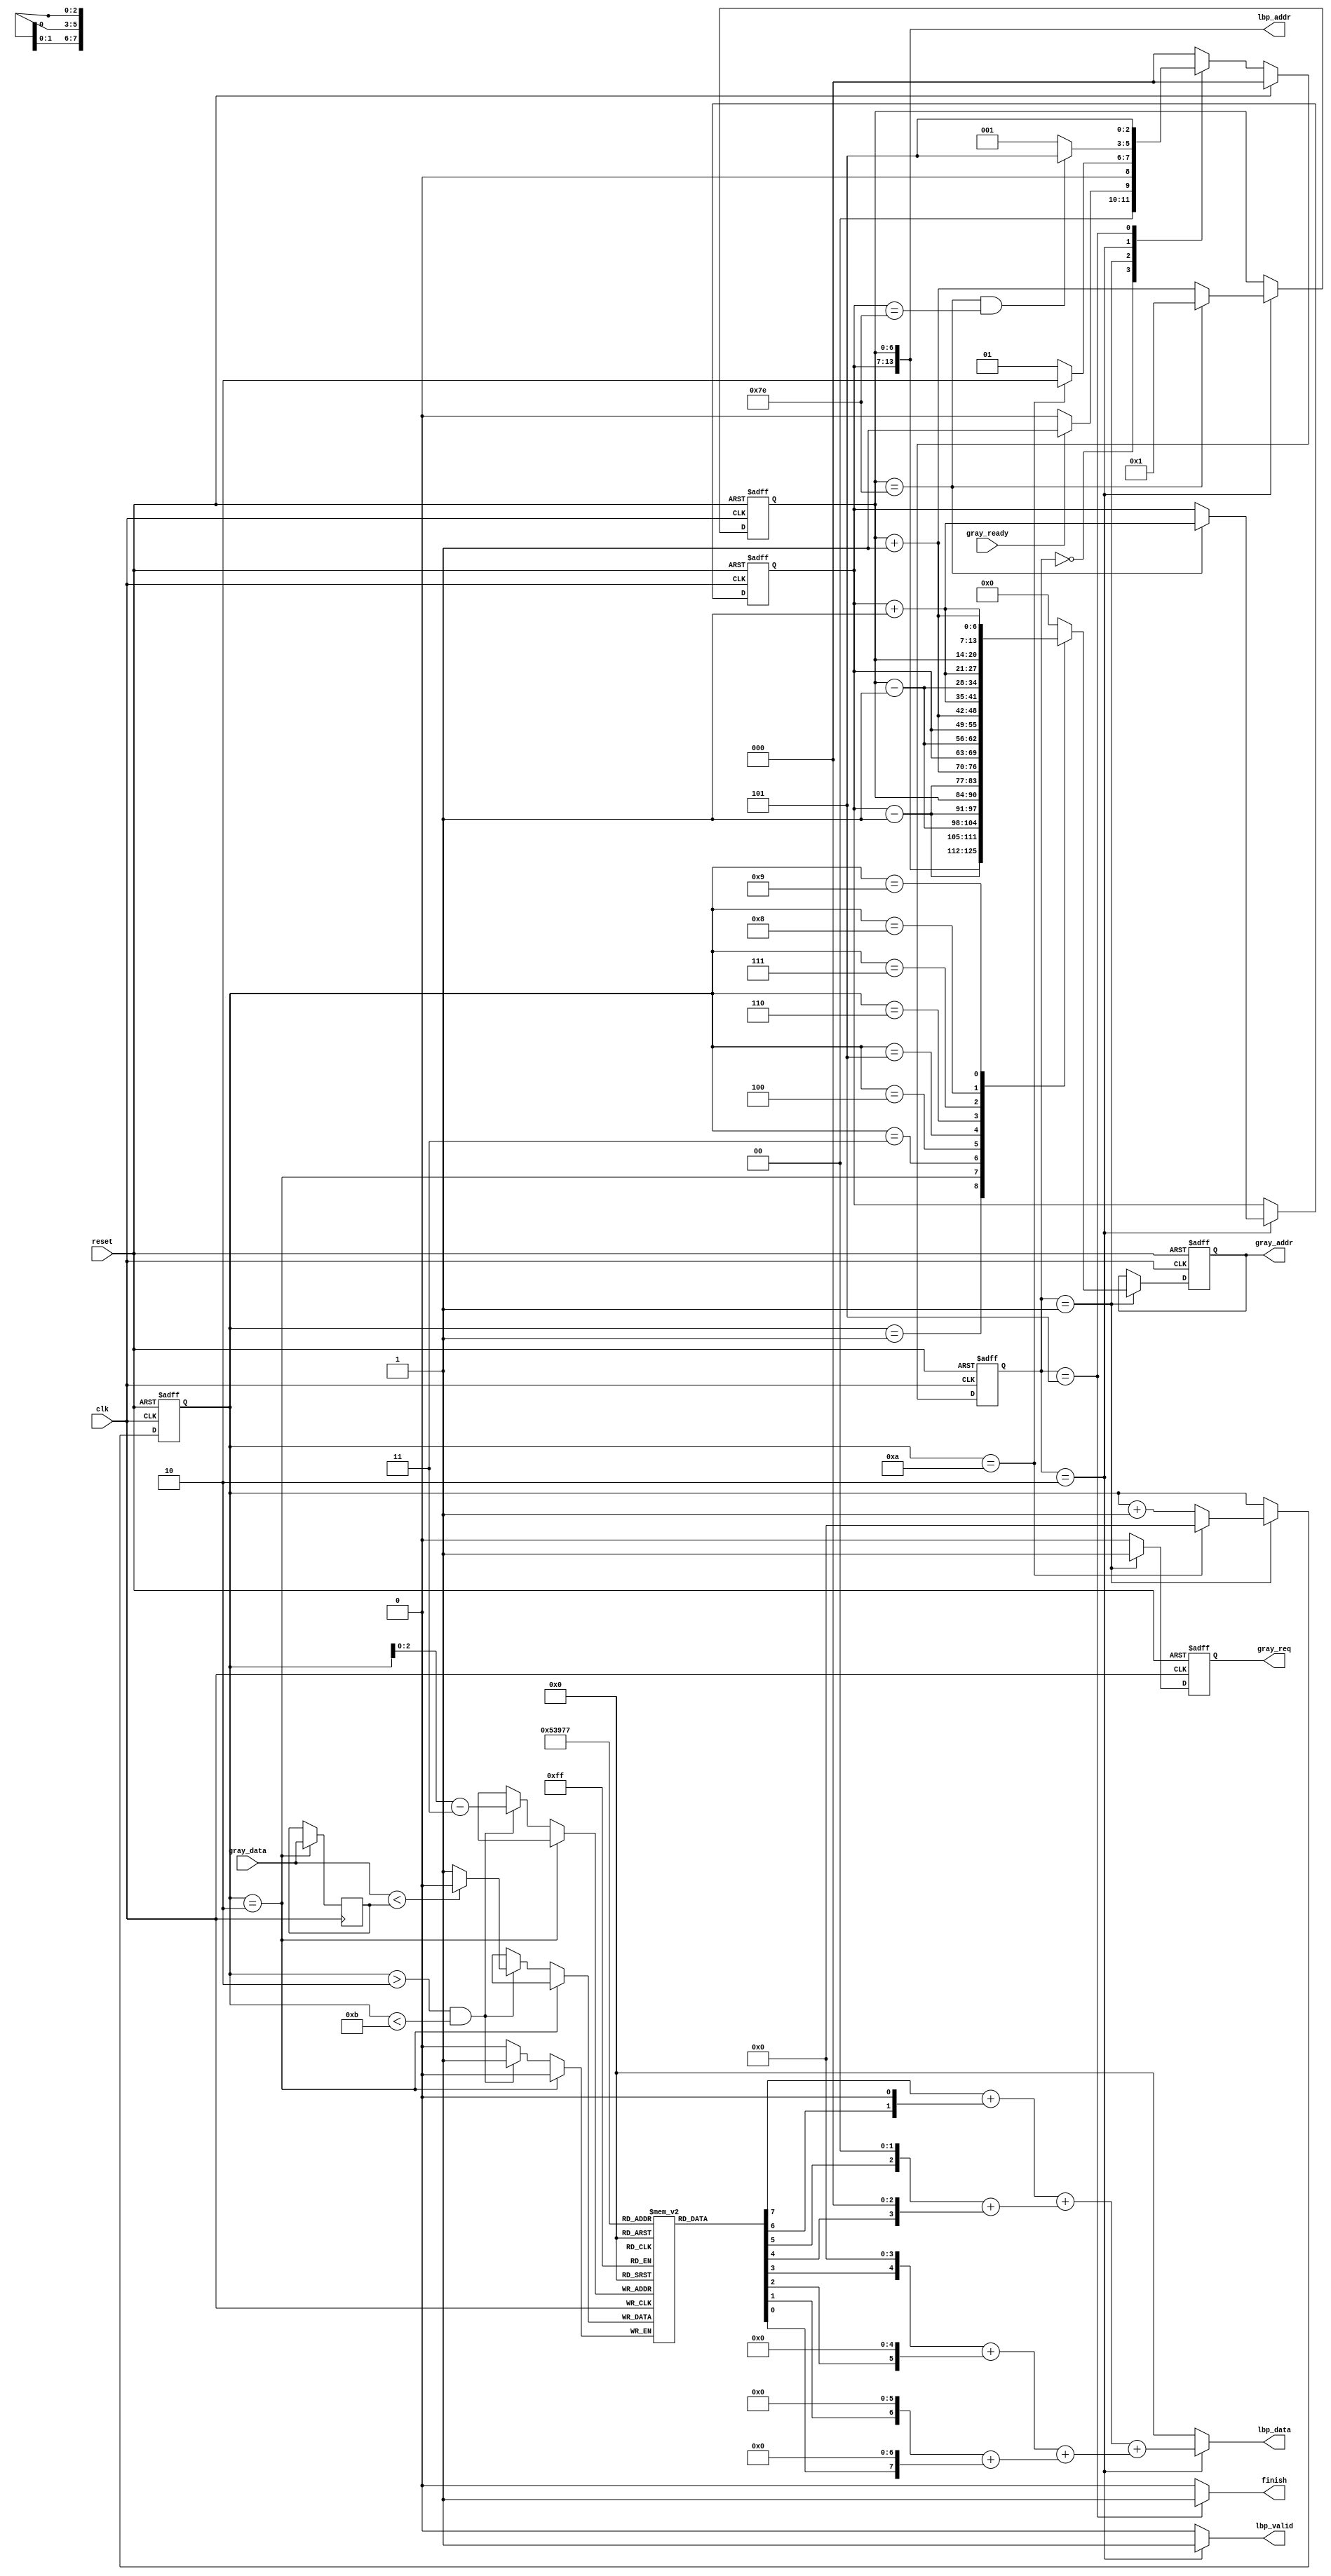

`timescale 1ns/10ps
module LBP ( clk, reset, gray_addr, gray_req, gray_ready, gray_data, lbp_addr, lbp_valid, lbp_data, finish);
input   	clk;
input   	reset;
output  reg[13:0] 	gray_addr;
output  reg      	gray_req;
input   	gray_ready;
input   [7:0] 	gray_data;
output  [13:0] 	lbp_addr;
output  reg	lbp_valid;
output  reg[7:0] 	lbp_data;
output  reg	finish;


//====================================================================

    reg [2:0]state, next_state;
    reg [13:0] pc;
    reg [3:0] counterRead;
    reg [6:0]col,row;
    reg buff[0:7];
    reg [7:0]mid;

    parameter IDLE = 4'd0;
	parameter READ = 4'd1;
	parameter WRITE = 4'd2;
	parameter FINISH = 4'd5;


    always @(posedge clk or posedge reset) begin
		if(reset) state <= IDLE;
		else state <= next_state;
	end

    always @(*) begin
        if(reset) next_state = IDLE;
        else begin
            case(state)
                IDLE:
                    begin
                        if(gray_ready == 1) next_state = READ;
                        else next_state = IDLE;
                    end
                READ:
                    begin
                        if(counterRead == 10) next_state = WRITE;
                        else next_state = READ;
                    end
                WRITE:
                    begin
                        if(col == 126 && row == 126) next_state = FINISH;
                        else next_state = READ;
                    end
                FINISH:
                    begin
                        next_state = FINISH;
                    end
                default: 
                    begin
                        next_state = IDLE;
                    end
            endcase
        end
	end

    //row col
    always @(posedge clk or posedge reset) begin
        if(reset) {row, col} <= 129;
        else if(state == WRITE)begin
            //go up one
            if(col == 126)begin
                col <= 1;
                row <= row + 1;
            end
            else col <= col + 1;
        end
    end

    //gray_addr


    always@(posedge clk or posedge reset)begin
        if(reset)begin
            gray_addr <= 0;
            counterRead <= 0;
        end
        else if(state == READ)begin
            case(counterRead)
                4'd1: gray_addr <= {row,col}; 
				4'd2: gray_addr <= {row-7'd1,col-7'd1}; 
				4'd3: gray_addr <= {row-7'd1,col}; 
				4'd4: gray_addr <= {row-7'd1,col+7'd1}; 
				4'd5: gray_addr <= {row,col-7'd1}; 
				4'd6: gray_addr <= {row,col+7'd1}; 
				4'd7: gray_addr <= {row+7'd1,col-7'd1}; 
				4'd8: gray_addr <= {row+7'd1,col}; 
				4'd9: gray_addr <= {row+7'd1,col+7'd1}; 
                default: gray_addr <= 0;
            endcase
            counterRead <= counterRead + 4'd1;
            if(counterRead == 4'd10)
                counterRead <= 0;
        end
    end
    always@(posedge clk)begin
        if(counterRead == 2)begin
            mid <= gray_data;
        end 
        else if(counterRead > 2 && counterRead < 11)begin
            buff[counterRead-3] = (gray_data < mid) ? 0 : 1;
        end
    end
    //gray_req
    always @(posedge clk or posedge reset) begin
        if(reset) gray_req <=0;
        else begin
            if(state == READ)begin
                gray_req <= 1;
            end
            else begin
                gray_req <= 0;
            end
        end
    end
    //lbp_addr;
    assign lbp_addr = {row,col};
    //lbp_valid;
    always @(*) begin
        if(state == WRITE)begin
            lbp_valid = 1'b1;
        end
        else begin
            lbp_valid = 1'b0;
        end
    end

    //lbp_data;
    always @(*) begin
        if(state == WRITE)
        begin
            lbp_data = ((buff[0] + (buff[1] << 1)) + ((buff[2] << 2) + (buff[3] << 3))) + (((buff[4] << 4) + (buff[5] <<5)) + ((buff[6] << 6) + (buff[7] << 7)));
        end
        else lbp_data = 0;
    end

    //finish
    always @(*) begin
        if(state == FINISH)begin
            finish = 1'b1;
        end
        else begin
            finish = 1'b0;
        end
    end

//====================================================================
endmodule